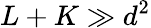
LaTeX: L+K\gg d^{2}